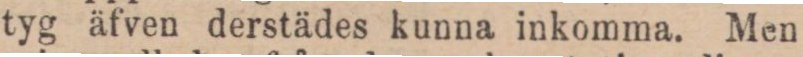
tyg äfven derstädes kunna inkomma. Men